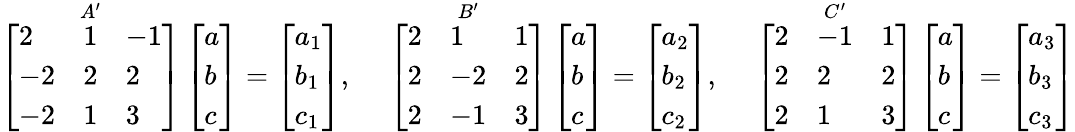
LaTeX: {\overset{{A}^{\prime}}{\mathop{\left[{\begin{array}{lll}{2}&{1}&{-1}\\ {-2}&{2}&{2}\\ {-2}&{1}&{3}\end{array}}\right]}}}\left[{\begin{array}{l}{a}\\ {b}\\ {c}\end{array}}\right]=\left[{\begin{array}{l}{a_{1}}\\ {b_{1}}\\ {c_{1}}\end{array}}\right],\quad{\mathrm{~}}{\overset{{B}^{\prime}}{\mathop{\left[{\begin{array}{lll}{2}&{1}&{1}\\ {2}&{-2}&{2}\\ {2}&{-1}&{3}\end{array}}\right]}}}\left[{\begin{array}{l}{a}\\ {b}\\ {c}\end{array}}\right]=\left[{\begin{array}{l}{a_{2}}\\ {b_{2}}\\ {c_{2}}\end{array}}\right],\quad{\mathrm{~}}{\overset{{C}^{\prime}}{\mathop{\left[{\begin{array}{lll}{2}&{-1}&{1}\\ {2}&{2}&{2}\\ {2}&{1}&{3}\end{array}}\right]}}}\left[{\begin{array}{l}{a}\\ {b}\\ {c}\end{array}}\right]=\left[{\begin{array}{l}{a_{3}}\\ {b_{3}}\\ {c_{3}}\end{array}}\right]